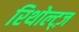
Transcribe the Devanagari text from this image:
रिथोल्ट्ज़